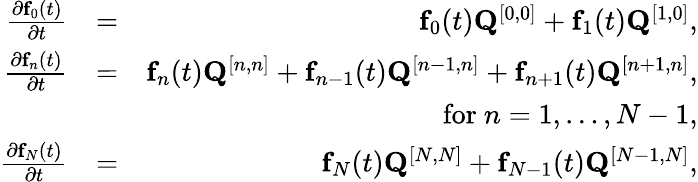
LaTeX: \begin{array}{rlr}{\frac{\partial{\mathbf f}_{0}(t)}{\partial t}}&{=}&{{\mathbf f}_{0}(t){\mathbf Q}^{[0,0]}+{\mathbf f}_{1}(t){\mathbf Q}^{[1,0]},}\\ {\frac{\partial{\mathbf f}_{n}(t)}{\partial t}}&{=}&{{\mathbf f}_{n}(t){\mathbf Q}^{[n,n]}+{\mathbf f}_{n-1}(t){\mathbf Q}^{[n-1,n]}+{\mathbf f}_{n+1}(t){\mathbf Q}^{[n+1,n]},}\\ &{}&{\quad\mathrm{~for~}n=1,\ldots,N-1,}\\ {\frac{\partial{\mathbf f}_{N}(t)}{\partial t}}&{=}&{{\mathbf f}_{N}(t){\mathbf Q}^{[N,N]}+{\mathbf f}_{N-1}(t){\mathbf Q}^{[N-1,N]},}\end{array}